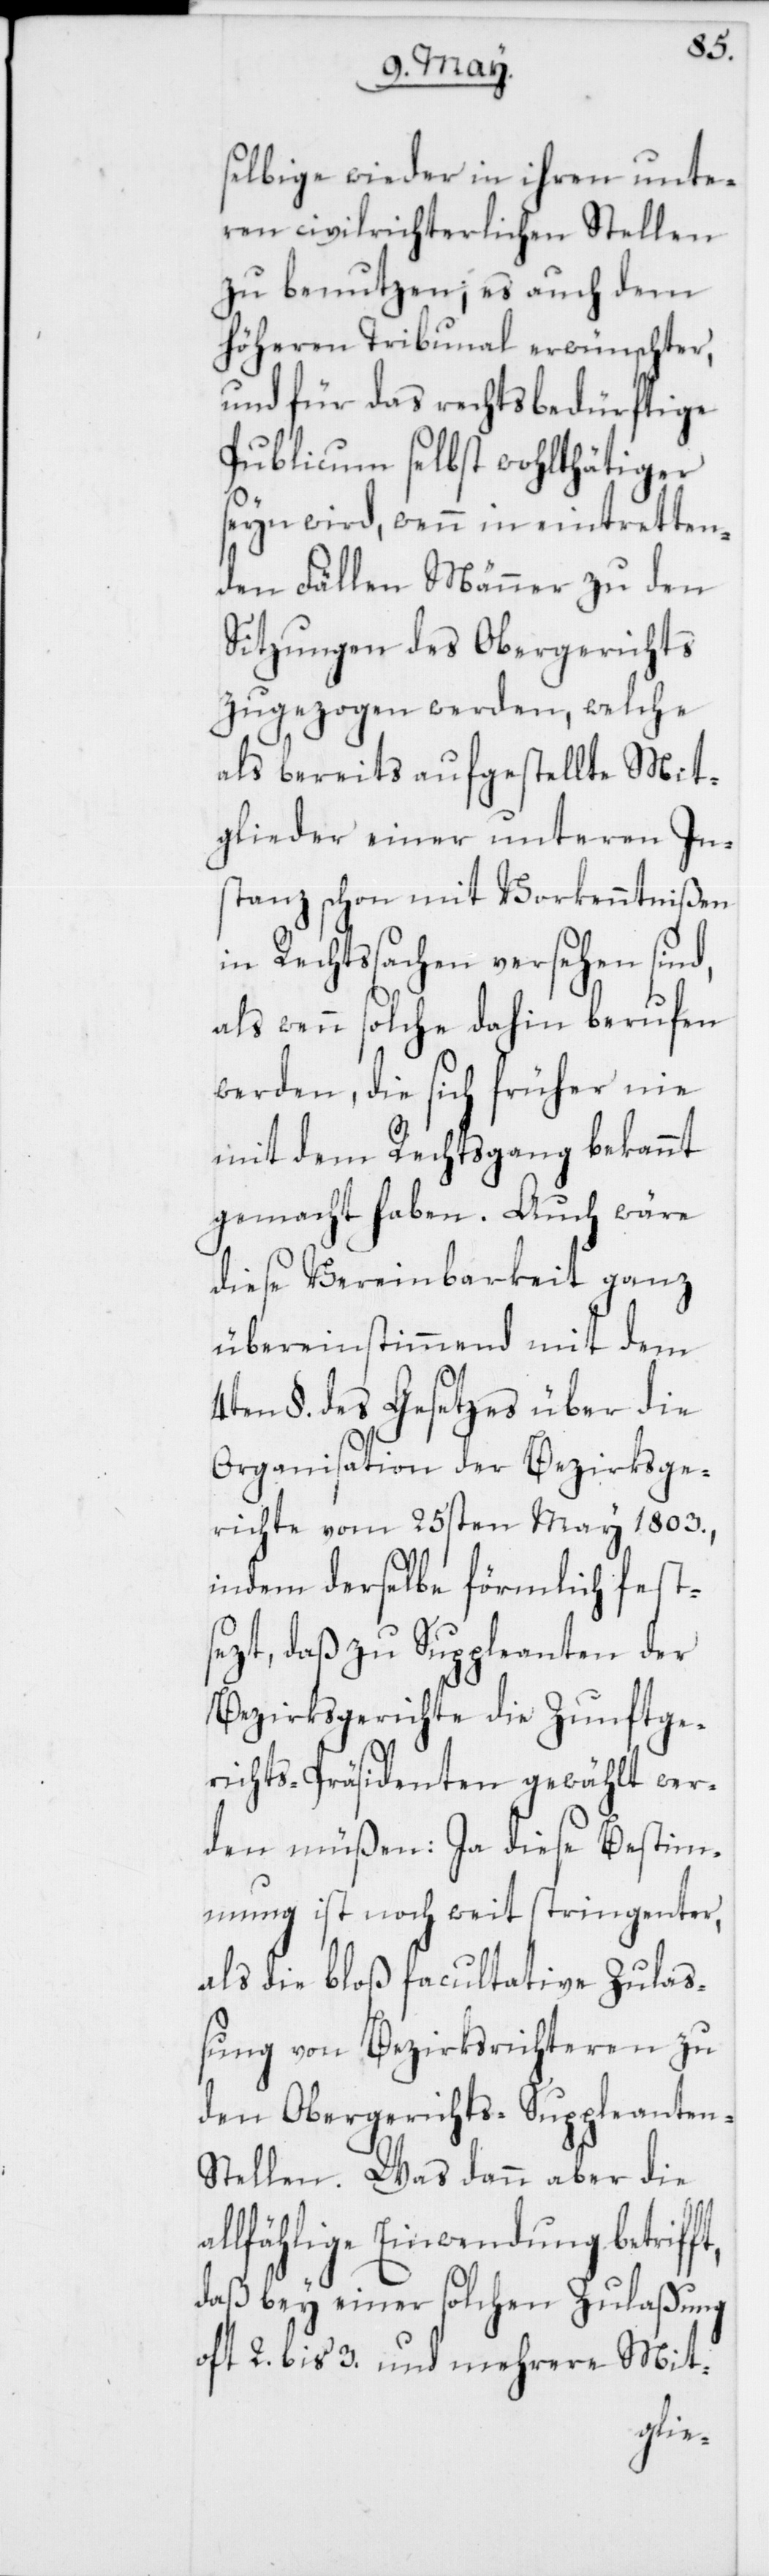
selbige wieder in ihren unte¬
ren civilrichterlichen Stellen
zu benutzen; es auch dem
höheren Tribunal erwünschter,
und für das rechtsbedürftige
Publicum selbst wohlthätiger
seyn wird, wenn in eintretten¬
den Fällen Männer zu den
Sitzungen des Obergerichts
zugezogen werden, welche
als bereits aufgestellte Mit¬
glieder einer unteren In¬
stanz schon mit Vorkenntnißen
in Rechtssachen versehen sind,
als wenn solche dahin berufen
werden, die sich früher nie
mit dem Rechtsgang bekannt
gemacht haben. Auch wäre
diese Vereinbarkeit ganz
übereinstimmend mit dem
4ten §. des Gesetzes über die
Organisation der Bezirksge¬
richte vom 25sten May 1803.,
indem derselbe förmlich fests¬
ezt, daß zu Suppleanten der
Bezirksgerichte die Zunftge¬
richts-Präsidenten gewählt wer¬
den müßen: Ja diese Bestim¬
mung ist noch weit stringenter,
als die bloß facultative Zulaß¬
ung von Bezirksrichteren zu
den Obergerichts-Suppleante¬
n-Stellen. Was dann aber die
llfählige Einwendung betrif¬
daß bey einer solchen Zulaßung
oft 2. bis 3. und mehrere Mit-
ft,